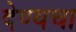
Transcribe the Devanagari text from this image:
देण्यचा